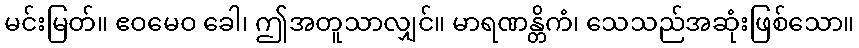
မင်းမြတ်။ ဧဝမေဝ ခေါ၊ ဤအတူသာလျှင်။ မာရဏန္တိကံ၊ သေသည်အဆုံးဖြစ်သော။